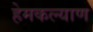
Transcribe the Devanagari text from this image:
हेमकल्याण